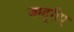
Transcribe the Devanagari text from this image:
जम्हूरीए